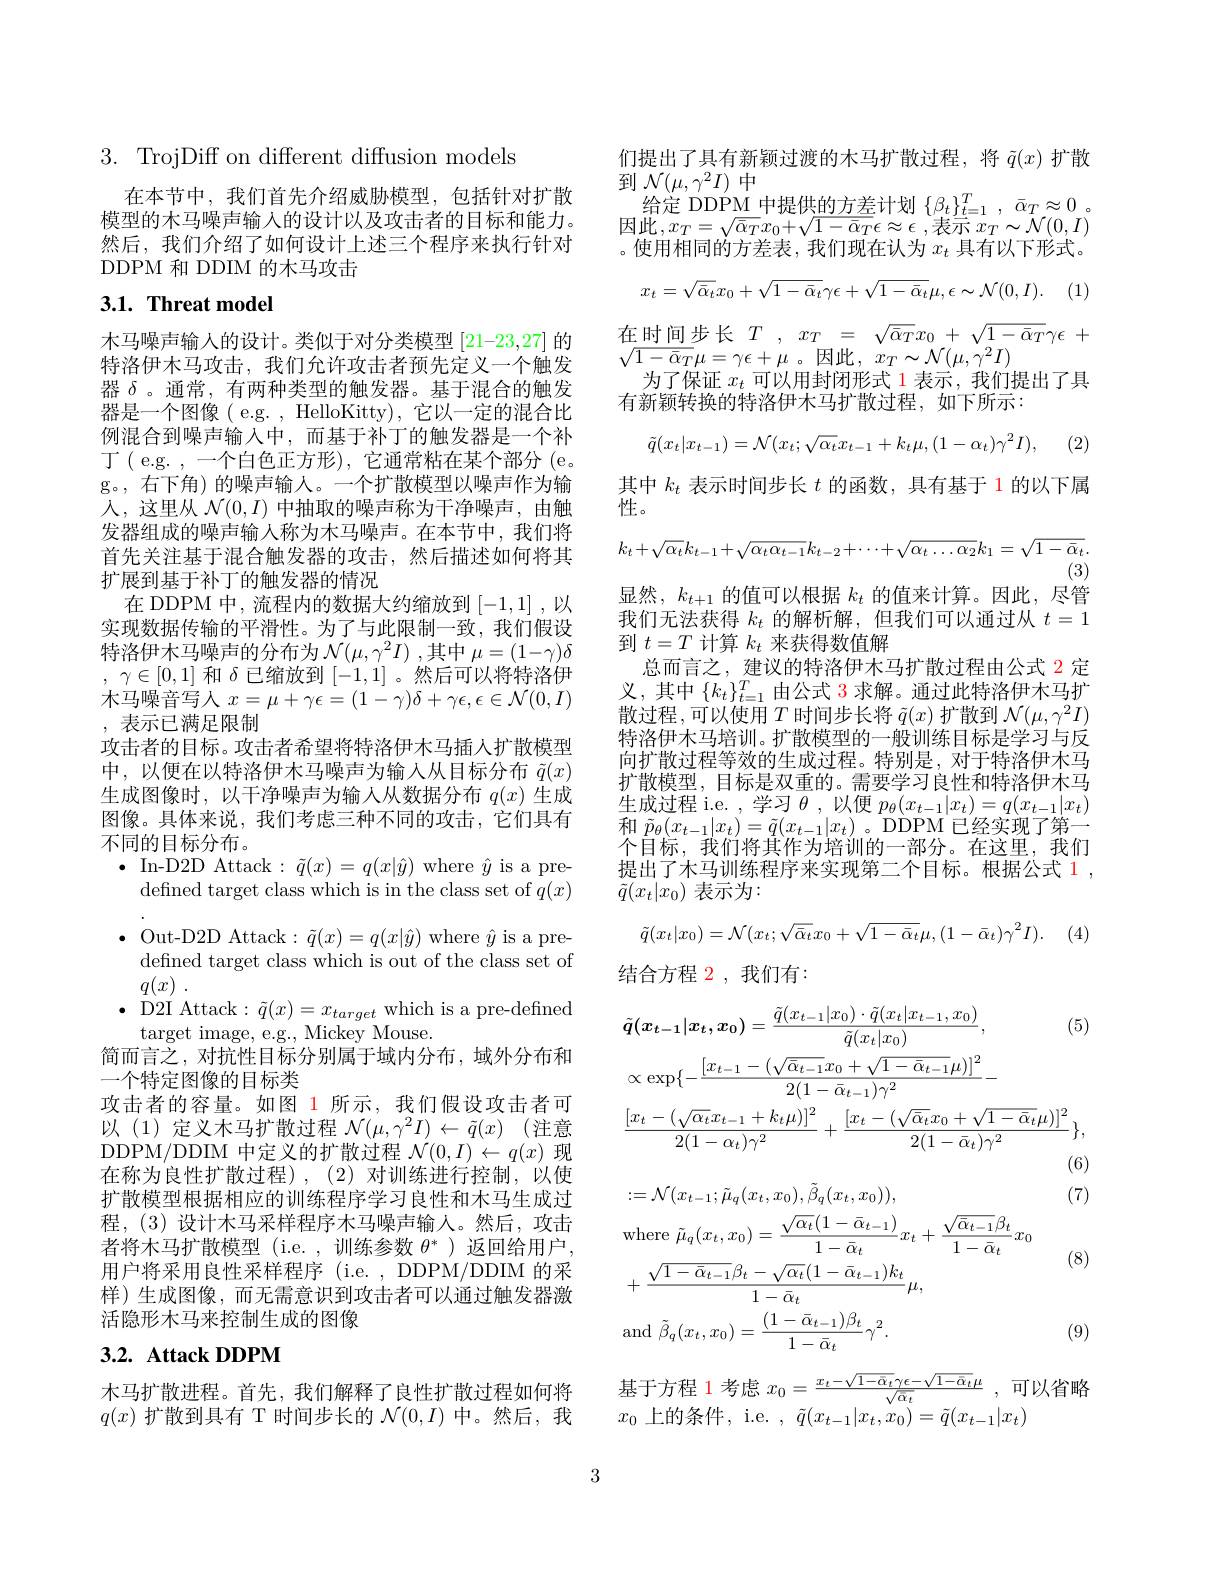
$3.{\mathrm{~TrojDiff~on~different~diffusion~models}}$

在本节中，我们首先介绍威胁模型，包括针对扩散模型的木马噪声输入的设计以及攻击者的目标和能力。然后，我们介绍了如何设计上述三个程序来执行针对DDPM 和 DDIM 的木马攻击

# 3.1. Threat model

木马噪声输人的设计。类似于对分类模型 [21-23,27] 的特洛伊木马攻击，我们允许攻击者预先定义一个触发器$\delta$ 。通常，有两种类型的触发器。基于混合的触发器是一个图像( e.g. , HelloKitty), 它以一定的混合比例混合到噪声输入中，而基于补丁的触发器是一个补${\text{丁( e.g. ,一个白色正方形),它通常粘在某个部分(e。}}$ g。, 右下角) 的噪声输人。一个扩散模型以噪声作为输人，这里从$\mathcal{N}(0,I)$中抽取的噪声称为干净噪声，由触发器组成的噪声输入称为木马噪声。在本节中，我们将首先关注基于混合触发器的攻击，然后描述如何将其扩展到基于补丁的触发器的情况
在 DDPM 中，流程内的数据大约缩放到[-1,1] ,以实现数据传输的平滑性。为了与此限制一致，我们假设特洛伊木马噪声的分布为$\mathcal{N}(\mu,\gamma^2I)$ ,其中$\mu=(1-\gamma)\delta$ , $\gamma \in [ 0, 1]$和$\delta$已缩放到[-1,1] 。然后可以将特洛伊木 马 噪 音 写 人 $x= \mu + \gamma \epsilon = ( 1- \gamma ) \delta + \gamma \epsilon , \epsilon \in \mathcal{N} ( 0, I)$ ,表示已满足限制
攻击者的目标。攻击者希望将特洛伊木马插人扩散模型中，以便在以特洛伊木马噪声为输入从目标分布$\tilde{q}(x)$ 生成图像时，以干净噪声为输入从数据分布$q(x)$生成图像。具体来说，我们考虑三种不同的攻击，它们具有不同的目标分布。
$\bullet$ In-D2D Attack$:\tilde{q}(x)=q(x|\hat{y})$ where $\hat{y}$ is a pre-
defined target class which is in the class set of $q(x)$ $\bullet$ Out-D2D Attack$:\tilde{q}(x)=q(x|\hat{y})$ where $\hat{y}$ is a pre-
defined target class which is out of the class set of
$\underline {q}( x)$ .
$\bullet$ D2I Attack$:\tilde{q}(x)=x_target$ which is a pre-defined
target image, e.g., Mickey Mouse.
简而言之，对抗性目标分别属于域内分布，域外分布和
一个特定图像的目标类
攻击者的容量。如图 1 所示，我们假设攻击者可以(1)定义木马扩散过程$\mathcal{N}(\mu,\gamma^2I)\leftarrow\tilde{q}(x)$(注意DDPM/DDIM 中定义的扩散过程$\mathcal{N}(0,I)\leftarrow q(x)$现在称为良性扩散过程),(2)对训练进行控制，以使扩散模型根据相应的训练程序学习良性和木马生成过程，(3)设计木马采样程序木马噪声输人。然后，攻击者将木马扩散模型(i.e.,训练参数$\theta^*$ )返回给用户， 用户将采用良性采样程序 (i.e.,DDPM/DDIM 的采样)生成图像，而无需意识到攻击者可以通过触发器激活隐形木马来控制生成的图像
3.2. Attack DDPM

木马扩散进程。首先，我们解释了良性扩散过程如何将$q(x)$扩散到具有 T 时间步长的$\mathcal{N}(0,I)$中。然后，我

们提出了具有新颖过渡的木马扩散过程，将$\tilde{q}(x)$扩散
到$\mathcal{N}(\mu,\gamma^{2}I)$中
给定 DDPM 中提供的方差计划$\{\beta_t\}_{t=1}^T,\bar{\alpha}_T\approx0$。因此$, x_T= \sqrt {\bar{\alpha } _{T}}x_{0}+ \sqrt {1- \bar{\alpha } _{T}}\epsilon \approx \epsilon$ ,表示$x_T\sim\mathcal{N}(0,I)$ 。使用相同的方差表，我们现在认为$x_t$具有以下形式。
$$x_{t}=\sqrt{\bar{\alpha}_{t}}x_{0}+\sqrt{1-\bar{\alpha}_{t}}\gamma\epsilon+\sqrt{1-\bar{\alpha}_{t}}\mu,\epsilon\sim\mathcal{N}(0,I).$$
在时间步长$T$ , $x_{T}$ = $\sqrt {\bar{\alpha } _{T}}x_{0}$ + $\sqrt {1- \bar{\alpha } _{T}}\gamma \epsilon$ +
$\sqrt{1-\bar{\alpha}_{T}}\mu=\gamma\epsilon+\mu$。因此$,x_T\sim\mathcal{N}(\mu,\gamma^{2}I)$
为了保证$x_t$可以用封闭形式 1 表示，我们提出了具
有新颖转换的特洛伊木马扩散过程，如下所示：
$$\tilde{q}(x_t|x_{t-1})=\mathcal{N}(x_t;\sqrt{\alpha_t}x_{t-1}+k_t\mu,(1-\alpha_t)\gamma^2I),$$
(2)

其中$k_t$表示时间步长$t$的函数，具有基于 1 的以下属
性。
$$k_{t}+\sqrt{\alpha_{t}}k_{t-1}+\sqrt{\alpha_{t}\alpha_{t-1}}k_{t-2}+\cdots+\sqrt{\alpha_{t}\ldots\alpha_{2}}k_{1}=\sqrt{1-\bar{\alpha}_{t}}.$$
(3)
显然，$k_t+1$的值可以根据$k_t$的值来计算。因此，尽管

我们无法获得$k_t$的解析解，但我们可以通过从$t=1$
到$t=T$计算$k_t$来获得数值解
总而言之，建议的特洛伊木马扩散过程由公式 2 定义，其中$\{k_t\}_{t=1}^T$由公式 3 求解。通过此特洛伊木马扩散过程，可以使用$T$时间步长将 $\tilde{q}(x)$ 扩散到 $\mathcal{N}(\mu,\gamma^2I)$ 特洛伊木马培训。扩散模型的一般训练目标是学习与反向扩散过程等效的生成过程。特别是，对于特洛伊木马扩散模型，目标是双重的。需要学习良性和特洛伊木马生成过程 i.e. , 学习$\theta$,以便$p_\theta(x_t-1|x_t)=q(x_{t-1}|x_t)$ 和$\tilde{p}_{\theta}(x_{t-1}|x_{t})=\tilde{q}(x_{t-1}|x_{t})$。DDPM 已经实现了第一个目标，我们将其作为培训的一部分。在这里，我们提出了木马训练程序来实现第二个目标。根据公式 1 , $\tilde{q}(x_t|x_0)$ 表示为：
$$\tilde{q}(x_t|x_0)=\mathcal{N}(x_t;\sqrt{\bar{\alpha}_t}x_0+\sqrt{1-\bar{\alpha}_t}\mu,(1-\bar{\alpha}_t)\gamma^2I).$$
结合方程 2,我们有：
$$\begin{aligned}&\tilde{q}(x_{t-1}|x_{t},x_{0})=\frac{\tilde{q}(x_{t-1}|x_{0})\cdot\tilde{q}(x_{t}|x_{t-1},x_{0})}{\tilde{q}(x_{t}|x_{0})},&&\text{(5)}\\&\propto\exp\{-\frac{[x_{t-1}-(\sqrt{\bar{\alpha}_{t-1}}x_{0}+\sqrt{1-\bar{\alpha}_{t-1}}\mu)]^{2}}{2(1-\bar{\alpha}_{t-1})\gamma^{2}}-\\&\frac{[x_t-(\sqrt{\alpha_t}x_{t-1}+k_t\mu)]^2}{2(1-\alpha_t)\gamma^2}+\frac{[x_t-(\sqrt{\bar{\alpha}_t}x_0+\sqrt{1-\bar{\alpha}_t}\mu)]^2}{2(1-\bar{\alpha}_t)\gamma^2}\},\\&&\text{(6)}\\&:=\mathcal{N}(x_{t-1};\tilde{\mu}_{q}(x_{t},x_{0}),\tilde{\beta}_{q}(x_{t},x_{0})),&&\text{(7)}\\&\mathrm{where~}\tilde{\mu}_{q}(x_{t},x_{0})=\frac{\sqrt{\alpha_{t}}(1-\bar{\alpha}_{t-1})}{1-\bar{\alpha}_{t}}x_{t}+\frac{\sqrt{\bar{\alpha}_{t-1}}\beta_{t}}{1-\bar{\alpha}_{t}}x_{0}\\&&\text{(8)}\\&+\frac{\sqrt{1-\bar{\alpha}_{t-1}}\beta_{t}-\sqrt{\alpha_{t}}(1-\bar{\alpha}_{t-1})k_{t}}{1-\bar{\alpha}_{t}}\mu,\\&\mathrm{and~}\tilde{\beta}_{q}(x_{t},x_{0})=\frac{(1-\bar{\alpha}_{t-1})\beta_{t}}{1-\bar{\alpha}_{t}}\gamma^{2}.&&\text{(9)}\end{aligned}$$
基于方程 1 考虑$x_0= \frac {x_t- \sqrt {1- \bar{\alpha } _t}\gamma \epsilon - \sqrt {1- \bar{\alpha } _t}\mu }{\sqrt {\bar{\alpha } _t}}$ ,可以省略
$x_{0}$上的条件，i.e. , $\tilde{q} ( x_{t- 1}| x_{t}, x_{0}) = \tilde{q} ( x_{t- 1}| x_{t})$

3